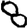
Digit: 8